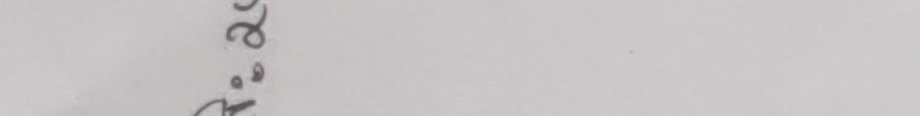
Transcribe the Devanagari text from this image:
रेखेको